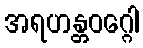
အရဟန္တဝဂ္ဂေါ